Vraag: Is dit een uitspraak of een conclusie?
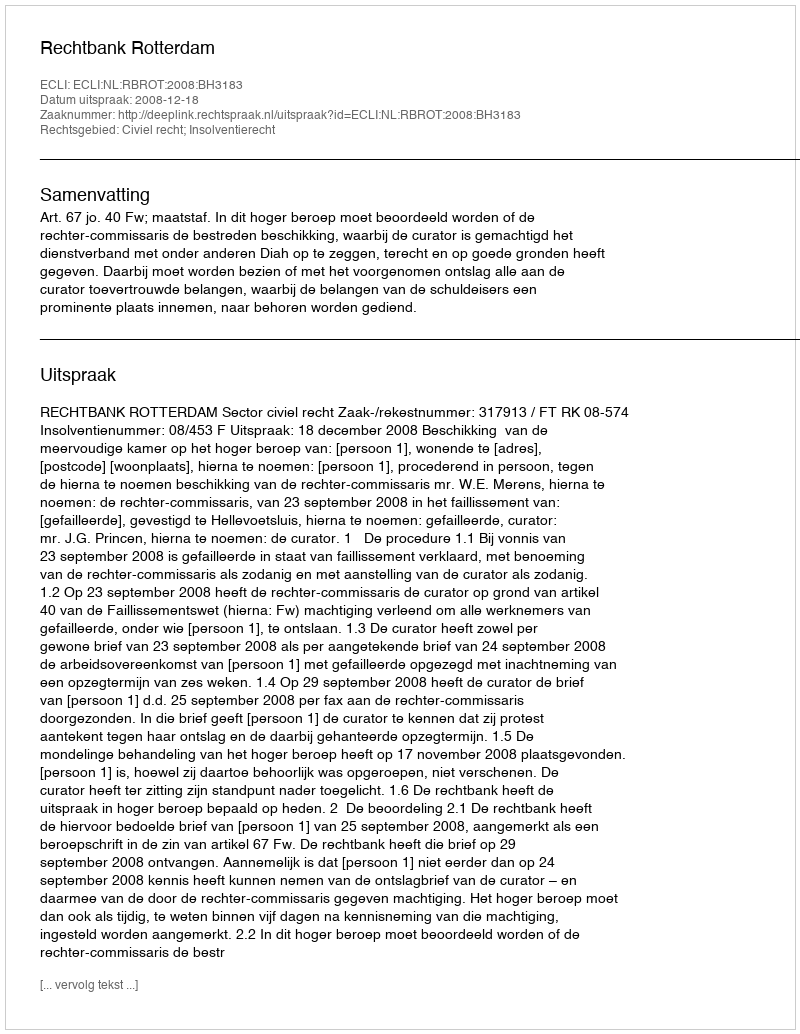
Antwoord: Uitspraak